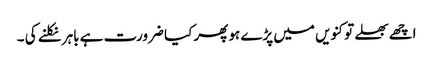
اچھے بھلے تو کنویں میں پڑے ہو پھر کیا ضرورت ہے باہر نکلنے کی ۔